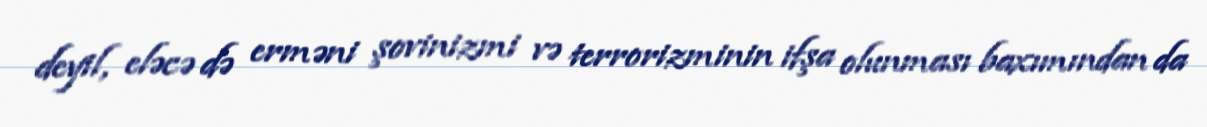
deyil, eləcə də erməni şovinizmi və terrorizminin ifşa olunması baxımından da